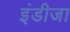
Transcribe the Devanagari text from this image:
इंडीजा